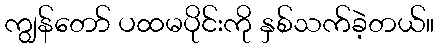
ကျွန်တော် ပထမပိုင်းကို နှစ်သက်ခဲ့တယ်။